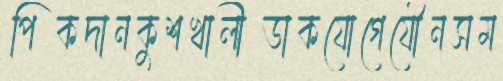
পিকদানকুশখালীডাকযোগেযৌনসম